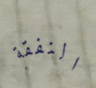
النفقة